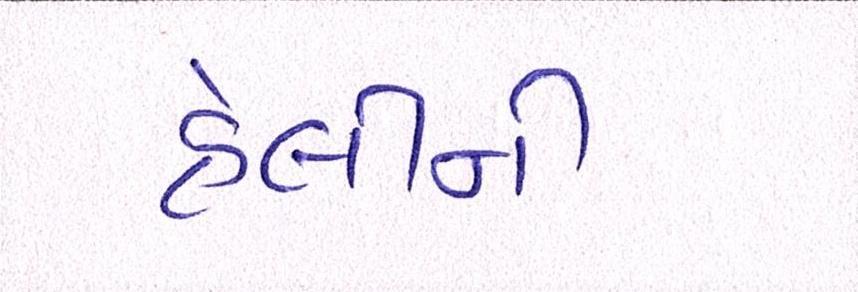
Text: હેલીની